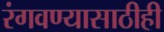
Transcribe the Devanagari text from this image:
रंगवण्यासाठीही